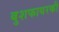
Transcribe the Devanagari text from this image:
बुशफायरकी